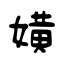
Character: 嫹